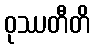
ဝုဿတီတိ